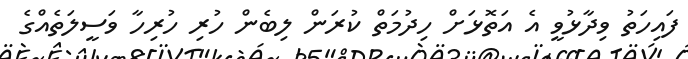
ފައިހަތު ވިދާޅުވީ އެ އަތޮޅަށް ހިދުމަތް ކުރަން ލިބެން ހުރި ހުރިހާ ވަސީލަތެއްގެ